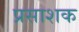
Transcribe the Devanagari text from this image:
प्रसाशक